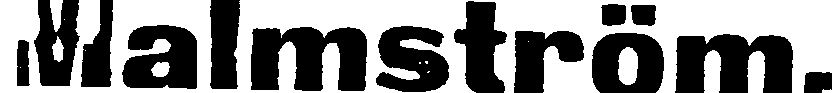
Malmström.